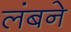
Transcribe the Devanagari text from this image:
लंबने